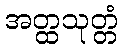
အတ္ထသုတ္တံ